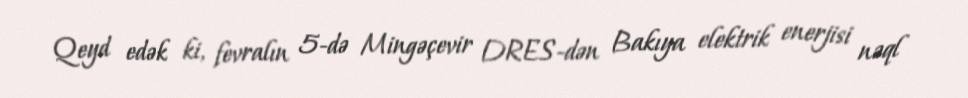
Qeyd edək ki, fevralın 5-də Mingəçevir DRES-dən Bakıya elektrik enerjisi nəql